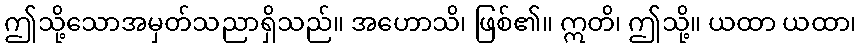
ဤသို့သောအမှတ်သညာရှိသည်။ အဟောသိ၊ ဖြစ်၏။ ဣတိ၊ ဤသို့။ ယထာ ယထာ၊